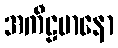
အကီဠမာနော